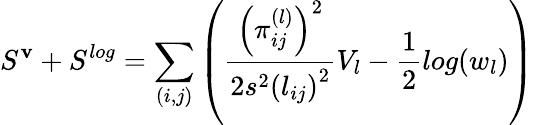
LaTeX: S^{\mathbf{v}}+S^{log}=\sum_{(i,j)}\left(\frac{{\left(\pi_{ij}^{(l)}\right)^{2}}}{{2s^{2}\left(l_{ij}\right)^{2}}}V_{l}-\frac{{1}}{{2}}log(w_{l})\right)